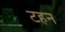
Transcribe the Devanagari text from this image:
टहन